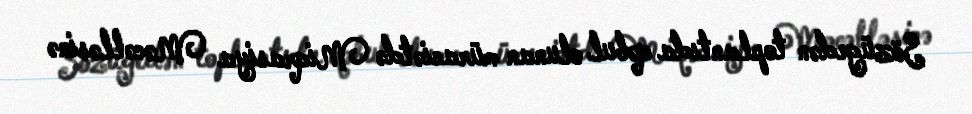
Sözügedən toplantıda qəbul olunan müraciətdə Miqrasiya Məcəlləsinə